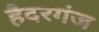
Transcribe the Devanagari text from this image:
हैदरगंज